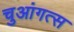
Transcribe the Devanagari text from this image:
चुआंगत्स